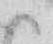
御